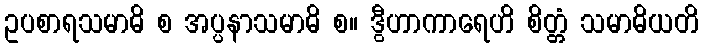
ဥပစာရသမာဓိ စ အပ္ပနာသမာဓိ စ။ ဒွီဟာကာရေဟိ စိတ္တံ သမာဓိယတိ